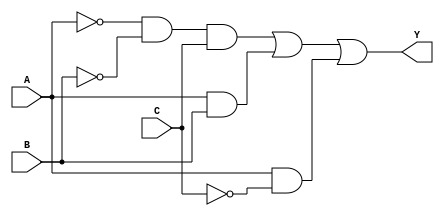
module combinational_logic (
    input wire A,
    input wire B,
    input wire C,
    output wire Y
);

// Sum of Products (SOP) Implementation
// Assuming the logic function Y = A'B'C + AB + AC'

wire notA, notB, notC;
wire term1, term2, term3;

// Define NOT gates for the variables
not u1(notA, A);
not u2(notB, B);
not u3(notC, C);

// Define AND gates for the product terms
and u4(term1, notA, notB, C);  // A'B'C
and u5(term2, A, B);           // AB
and u6(term3, A, notC);        // AC'

// Define the OR gate to combine the product terms
or u7(Y, term1, term2, term3); // Y = A'B'C + AB + AC'

endmodule